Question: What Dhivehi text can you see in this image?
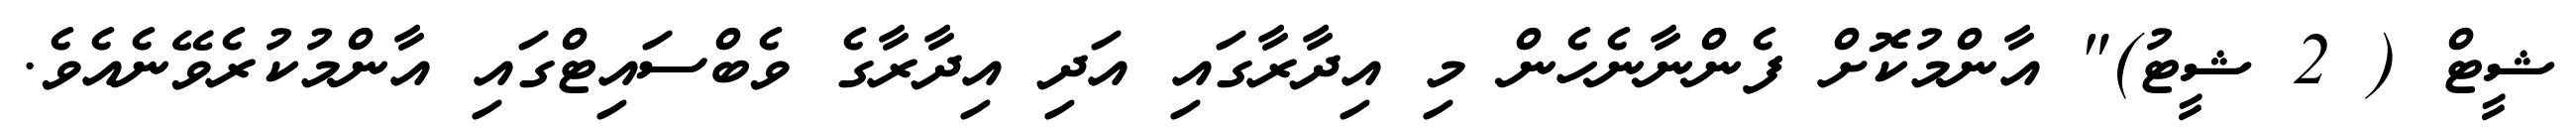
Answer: ޝީޓް ( 2 ޝީޓު)" އާންމުކޮށް ފެންނާނެހެން މި އިދާރާގައި އަދި އިދާރާގެ ވެބްސައިޓްގައި އާންމުކުރެވޭނެއެވެ.